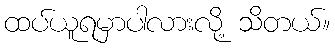
ထပ်ယူရမှာပါလားလို့ သိတယ်။